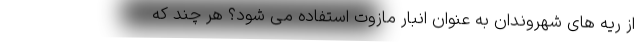
از ریه های شهروندان به عنوان انبار مازوت استفاده می شود؟ هر چند که